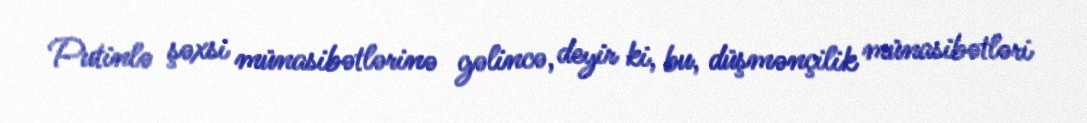
Putinlə şəxsi münasibətlərinə gəlincə, deyir ki, bu, düşmənçilik münasibətləri